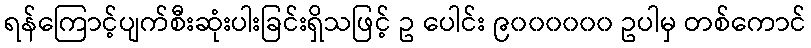
ရန်ကြောင့်ပျက်စီးဆုံးပါးခြင်းရှိသဖြင့် ဥ ပေါင်း ၉၀၀၀၀၀၀ ဥပါမှ တစ်ကောင်